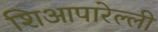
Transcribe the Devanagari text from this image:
शिआपारेल्ली